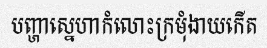
បញ្ហាស្នេហាកំលោះក្រមុំងាយកើត